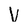
Character: V